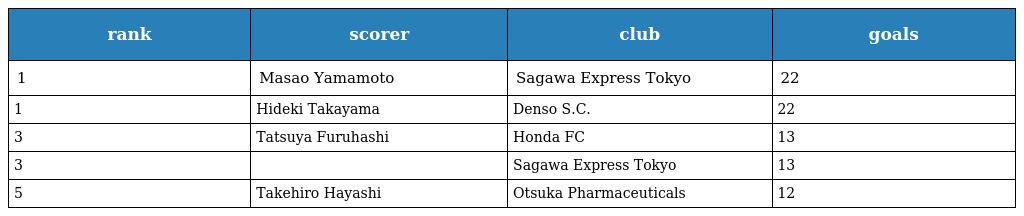
| rank | scorer | club | goals |
 | --- | --- | --- | --- |
 | 1 | Masao Yamamoto | Sagawa Express Tokyo | 22 |
 | 1 | Hideki Takayama | Denso S.C. | 22 |
 | 3 | Tatsuya Furuhashi | Honda FC | 13 |
 | 3 | 馬目 茂樹 | Sagawa Express Tokyo | 13 |
 | 5 | Takehiro Hayashi | Otsuka Pharmaceuticals | 12 |